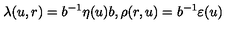
\lambda ( u , r ) = b ^ { - 1 } \eta ( u ) b , \rho ( r , u ) = b ^ { - 1 } \varepsilon ( u )